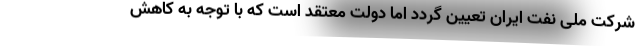
شرکت ملی نفت ایران تعیین گردد اما دولت معتقد است که با توجه به کاهش